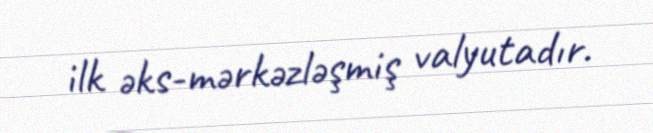
ilk əks-mərkəzləşmiş valyutadır.